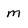
Character: m